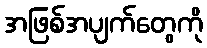
အဖြစ်အပျက်တွေကို